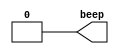
module PWM_Beep (
    output      wire        beep
);
    assign beep = 1'b0;
endmodule //beep